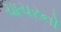
ચાચરનો